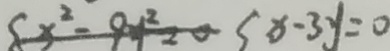
x ^ { 2 } - 9 y ^ { 2 } = 0 x - 3 y = 0